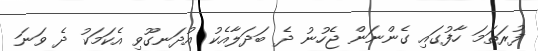
ފުރަތަމަ ހާފުގައި ގެންނަން ޖެހުނު ދެ ބަދަލާއެކު އުދަނގޫވި އެކަމަކު ދެ ވަނަ